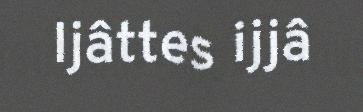
Ijâttes ijjâ